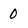
Character: 0